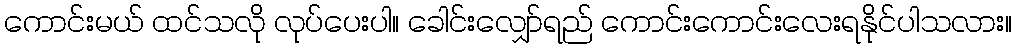
ကောင်းမယ် ထင်သလို လုပ်ပေးပါ။ ခေါင်းလျှော်ရည် ကောင်းကောင်းလေးရနိုင်ပါသလား။